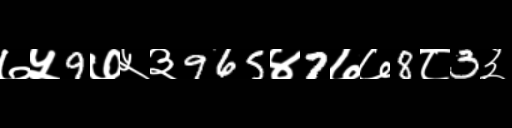
Text: ७५9७५३965४7७७8८3३